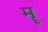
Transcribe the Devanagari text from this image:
मॄ